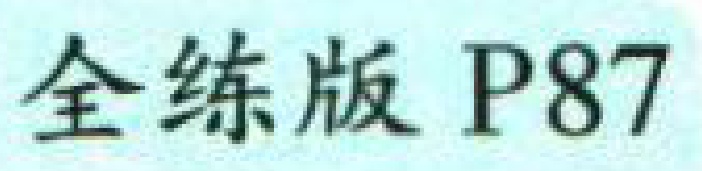
全练版 P87